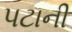
પટાની